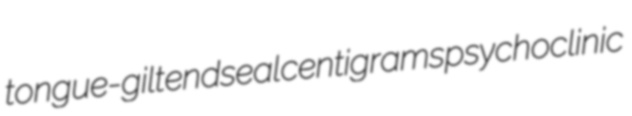
tongue-gilt endseal centigrams psychoclinic